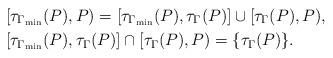
LaTeX: \begin{align*}& [ \tau_{\Gamma_{\min}} (P) , P ) = [\tau_{\Gamma_{\min}} (P) ,\tau_{\Gamma} (P)] \cup[ \tau_{\Gamma} (P) , P ), \\& [\tau_{\Gamma_{\min}} (P) ,\tau_{\Gamma} (P)] \cap[ \tau_{\Gamma} (P) , P ) = \{ \tau_{\Gamma} (P) \}.\end{align*}